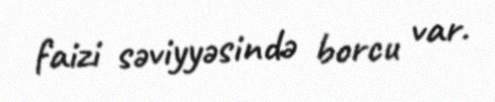
faizi səviyyəsində borcu var.